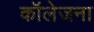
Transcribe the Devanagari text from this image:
कॉलेजना